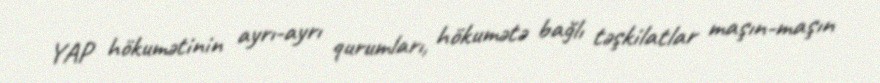
YAP hökumətinin ayrı-ayrı qurumları, hökumətə bağlı təşkilatlar maşın-maşın